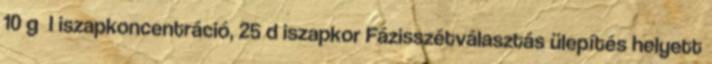
10 g l iszapkoncentráció, 25 d iszapkor Fázisszétválasztás ülepítés helyett